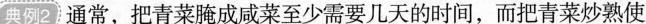
典例2 通常，把青菜腌成咸菜至少需要几天的时间，而把青菜炒熟使